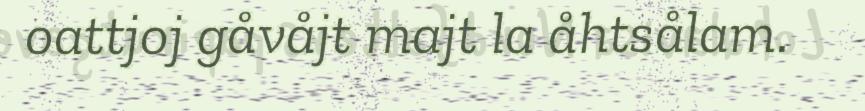
oattjoj gåvåjt majt la åhtsålam.